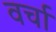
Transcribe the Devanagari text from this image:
वर्चा